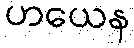
ဟယေန